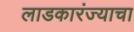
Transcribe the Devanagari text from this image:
लाडकारंज्याचा